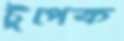
টুপেক